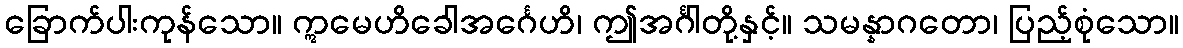
ခြောက်ပါးကုန်သော။ ဣမေဟိခေါအင်္ဂေဟိ၊ ဤအင်္ဂါတို့နှင့်။ သမန္နာဂတော၊ ပြည့်စုံသော။